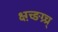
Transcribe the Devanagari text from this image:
क्ष्ग़्च्ङग्र्च्र्